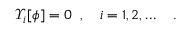
\varUpsilon _ { i } [ \phi ] = 0 \; \; , \quad i = 1 , 2 , \ldots \quad .